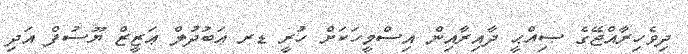
ދިވެހިރާއްޖޭގެ ޞިއްޙީ ދާއިރާއިން އިސްމީހަކަށް ހުރީ ޑރ ޢަބުދުލް ޢަޒީޒް ޔޫސުފް އަދި